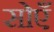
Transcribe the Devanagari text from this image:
सोएँ